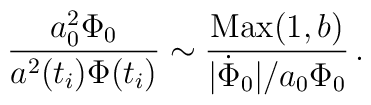
{a^2_0 \Phi_0 \over a^2(t_i) \Phi(t_i) }     \sim { {\rm Max}(1,b) \over |{\dot\Phi_0}|/a_0\Phi_0 } \,.